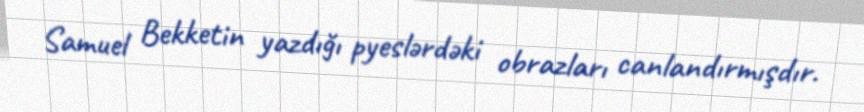
Samuel Bekketin yazdığı pyeslərdəki obrazları canlandırmışdır.